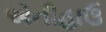
એનીહાઉ